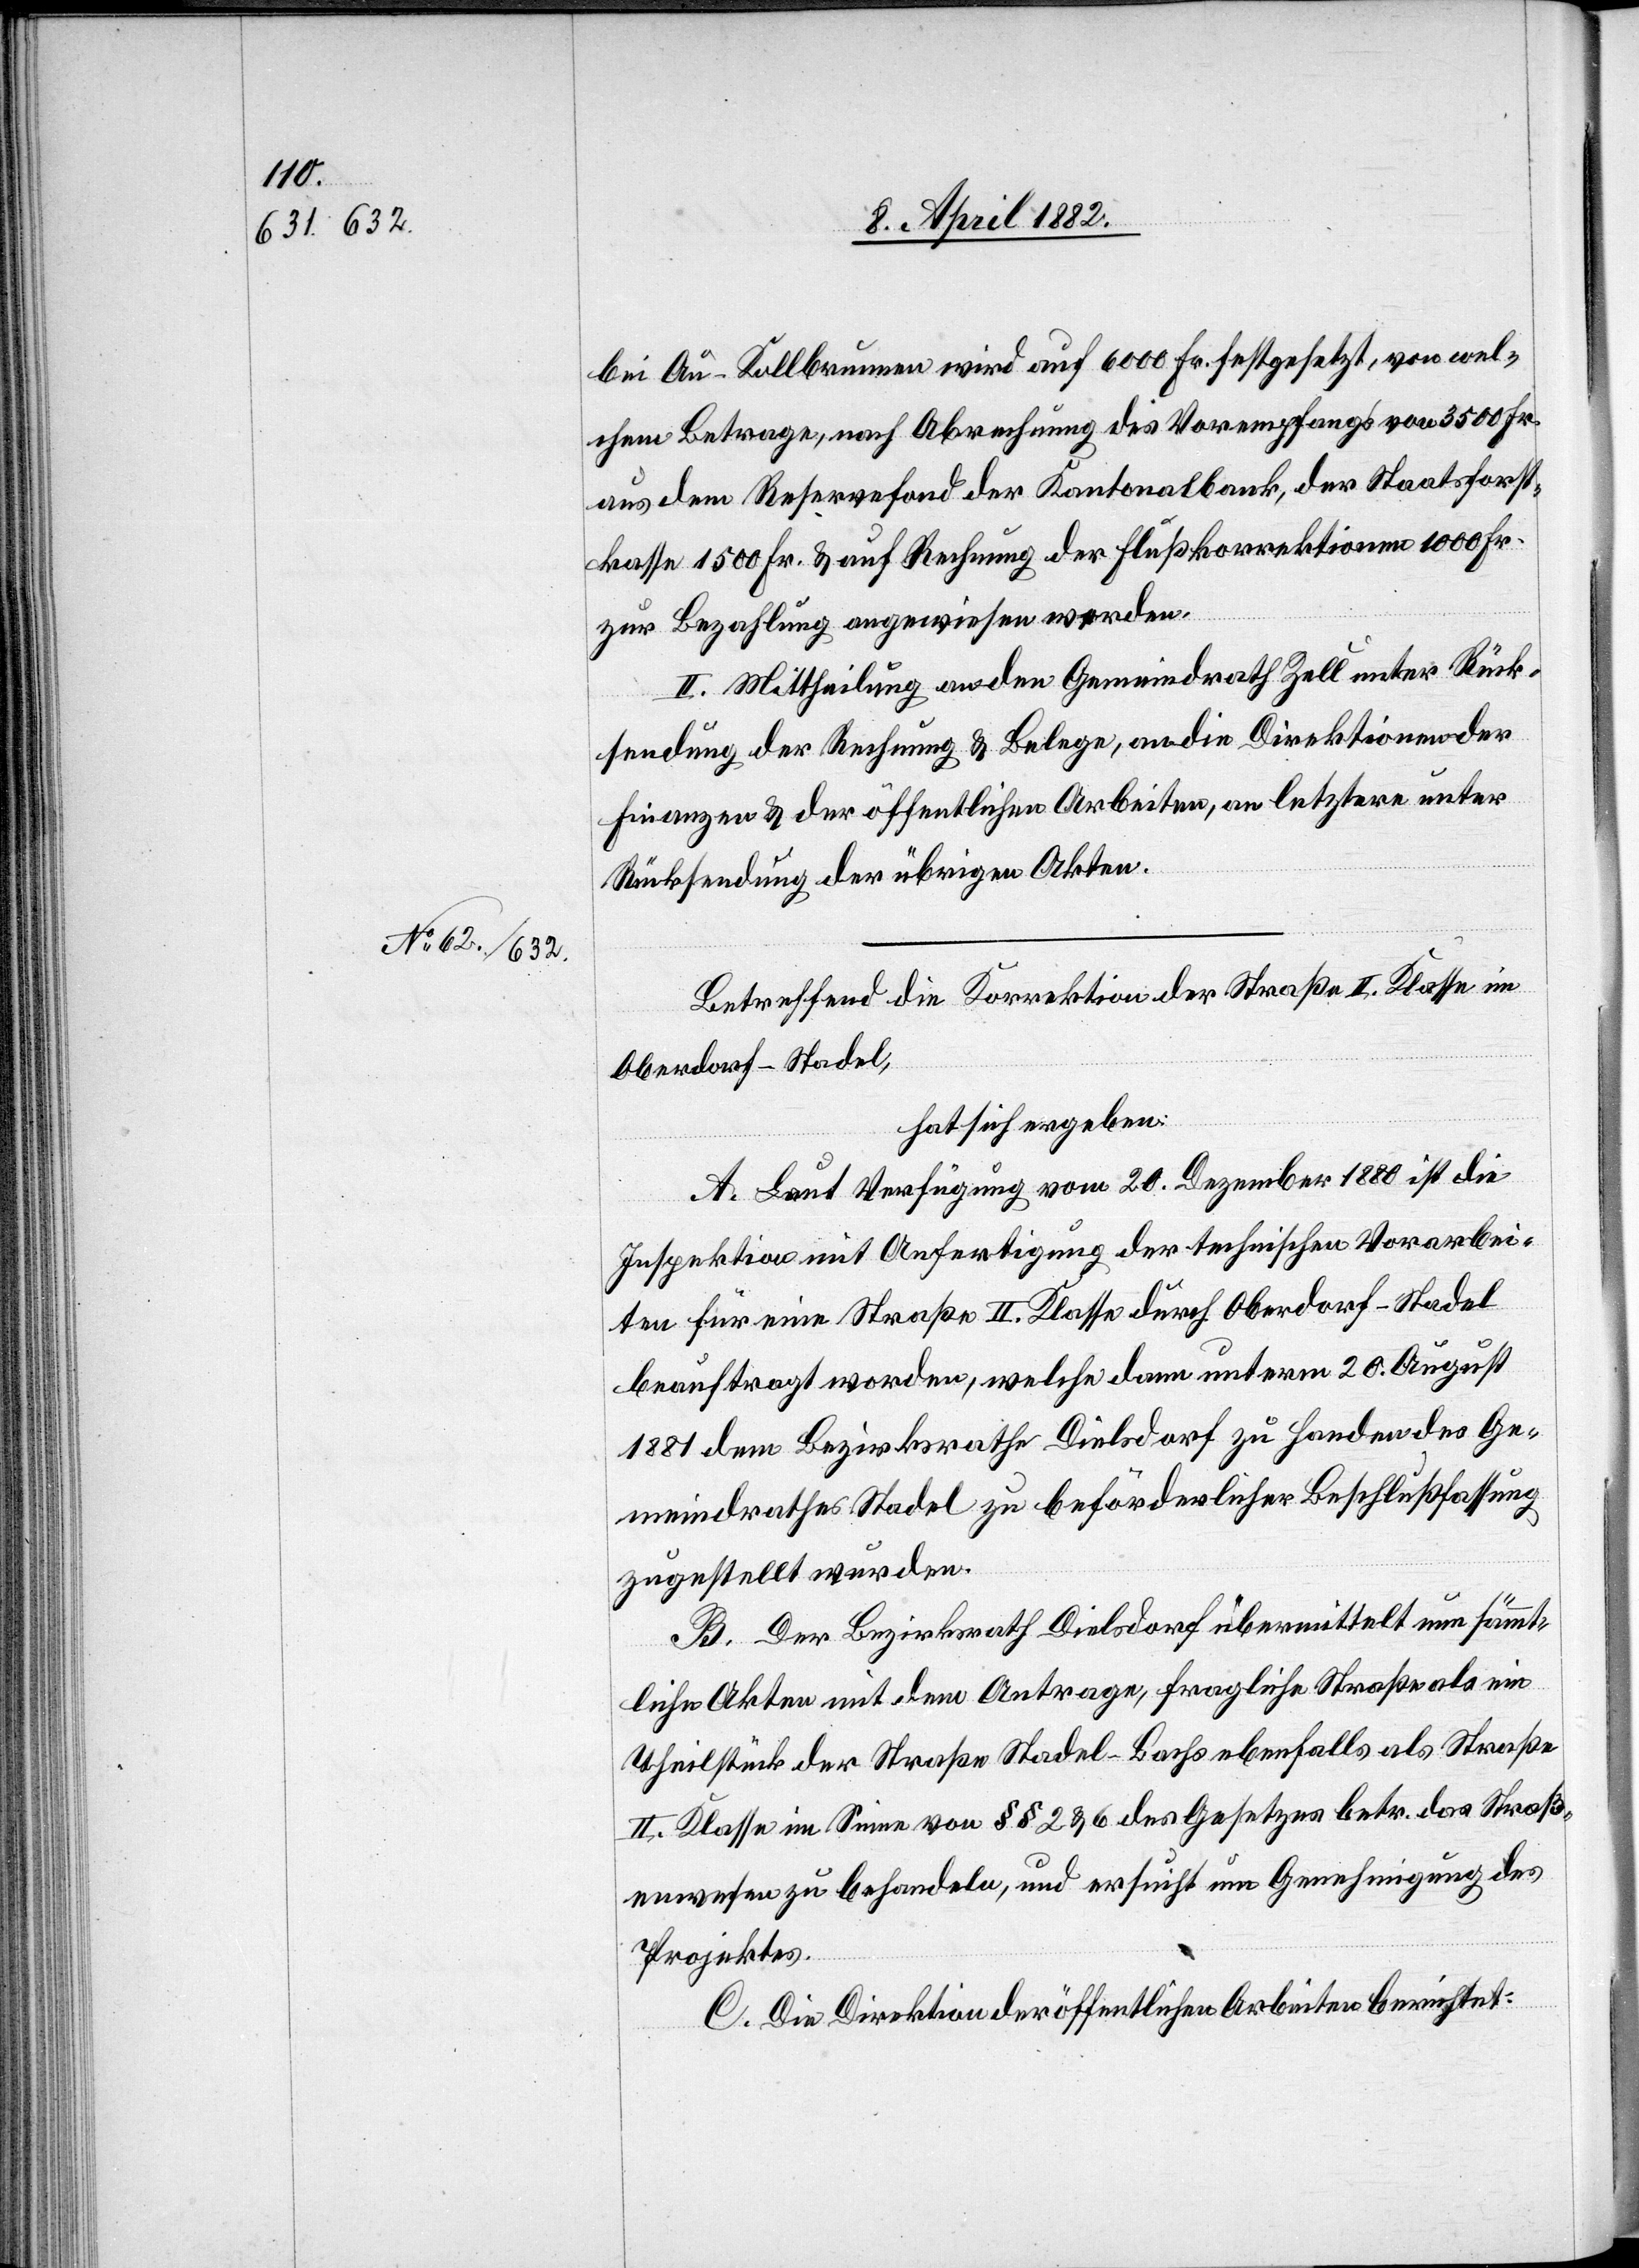
bei Au - Kollbrunnen wird auf 6000 Fr. festgesetzt, von wel¬
chem Betrage, nach Abrechnung des Vorempfangs von 3500 Fr.
aus dem Reservefond der Kantonalbank, der Staatsforst¬
kasse 1500 Fr. & auf Rechnung der Flußkorrektionen 1000 Fr.
zur Bezahlung angewiesen werden.
II. Mittheilung an den Gemeindrath Zell unter Rück¬
sendung der Rechnung & Belege, an die Direktionen der
Finanzen & der öffentlichen Arbeiten, an letztere unter
Rücksendung der übrigen Akten.
Betreffend die Korrektion der Straße II. Klasse im
Oberdorf - Stadel,
hat sich ergeben:
A. Laut Verfügung vom 20. Dezember 1880 ist die
Inspektion mit Anfertigung der technischen Vorarbei¬
ten für eine Straße II. Klasse durch Oberdorf - Stadel
beauftragt worden, welche dann unterm 20. August
1881 dem Bezirksrathe Dielsdorf zu Handen des Ge¬
meindrathes Stadel zu beförderlicher Beschlußfassung
zugestellt wurden.
B. Der Bezirksrath Dielsdorf übermittelt nun sämmt¬
liche Akten mit dem Antrage, fragliche Straße als ein
Theilstück der Straße Stadel–Bachs ebenfalls als Straße
II. Klasse im Sinne von §§ 2 & 6 des Gesetzes betr. das Straß¬
enwesen zu behandeln, und ersucht um Genehmigung des
Projektes.
C. Die Direktion der öffentlichen Arbeiten berichtet: